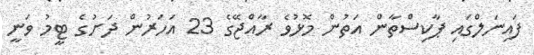
ފައިނަލްގައި ޕާކިސްތާން އަތުން މޮޅުވެ ރާއްޖޭގެ 23 އަހަރުން ދަށުގެ ޓީމު ވަނީ